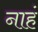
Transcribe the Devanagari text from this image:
नाहं